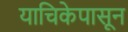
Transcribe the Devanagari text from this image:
याचिकेपासून